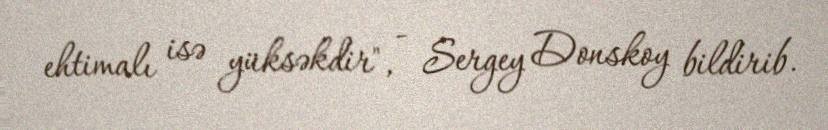
ehtimalı isə yüksəkdir", - Sergey Donskoy bildirib.